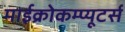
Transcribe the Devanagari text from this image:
माईक्रोकम्प्यूटर्स